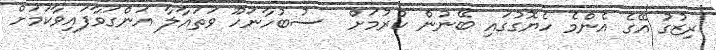
ރިޒުގު އޭގެ އެންމެ ހެޔޮގުގައި ބޭނުން ކުރުމަށް  ސުބުހާނަހޫ ވަތައާލާ އަންގަވާފައިވާކަމަށް